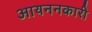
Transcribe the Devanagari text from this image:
आयननकारी